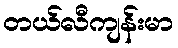
တယ်လီကျန်းမာ